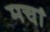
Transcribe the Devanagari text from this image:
मचां